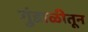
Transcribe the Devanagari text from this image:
गुंडाळीतून